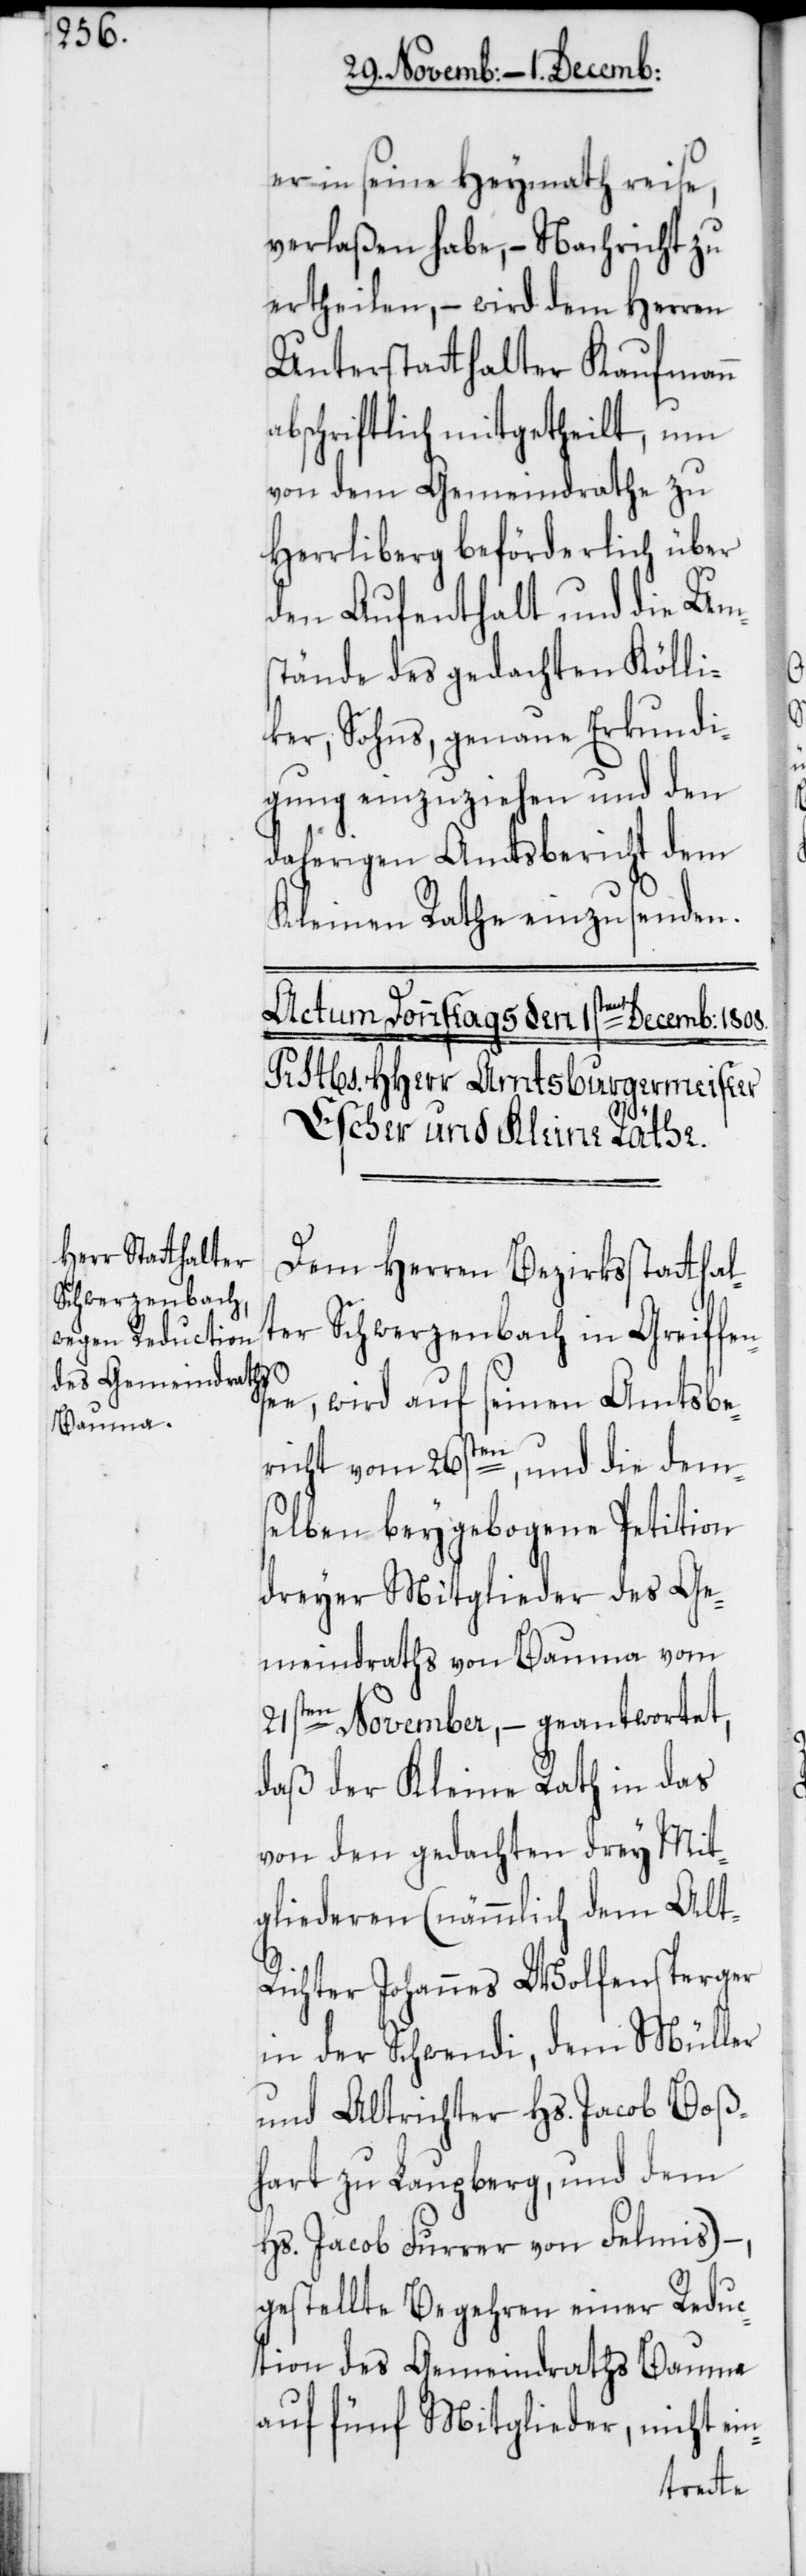
er in seine Heymath reise,
verlaßen habe, – Nachricht zu
ertheilen, – wird dem Herren
Unterstatthalter Kaufmann
abschriftlich mitgetheilt, um
von dem Gemeindrathe zu
Herrliberg beförderlich über
den Aufenthalt und die Um¬
stände des gedachten Kölli¬
ker, Sohns, genaue Erkundi¬
gung einzuziehen und den
daherigen Amtsbericht dem
Kleinen Rathe einzusenden.
Dem Herren Bezirksstatthal¬
ter Schwerzenbach in Greiffen¬
e, wird auf seinen Amtsbe¬
richt vom 26sten, und die dem¬
selben beygebogene Petition
dreyer Mitglieder des Ge¬
meindraths von Bauma vom
21sten November, – geantwortet,
daß der Kleine Rath in das
von den gedachten drey Mit¬
gliederen (nämmlich dem Alt-R¬
ichter Johannes Wolfensperger
in der Schwendi, dem Müller
und Altrichter Hs. Jacob Boß¬
hart zu Laupberg, und dem
Hs. Jacob Furrer von Felmis)
gestellte Begehren einer Reduc¬
tion des Gemeindraths Bauma
auf fünf Mitglieder, nicht
se¬